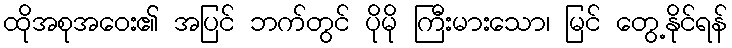
ထိုအစုအဝေး၏ အပြင် ဘက်တွင် ပိုမို ကြီးမားသော၊ မြင် တွေ့နိုင်ရန်